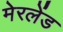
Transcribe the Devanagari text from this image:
मेरलेंड